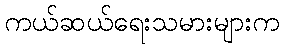
ကယ်ဆယ်ရေးသမားများက